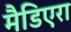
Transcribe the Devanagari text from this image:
मैडिएरा